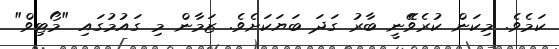
ކަމެވެ. މިކަން ކުރެވެޭނީ ބާރު ގަދަ ބަޔަކަށެވެ. ޒަމާން މި ގައުމުގައި "މޯޓިވް"